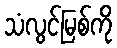
သံလွင်မြစ်ကို